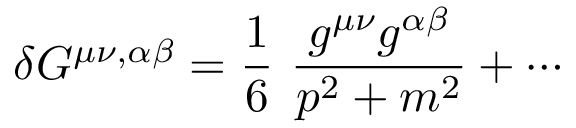
\delta G ^ { \mu \nu , \alpha \beta } = \frac { 1 } { 6 } ~ \frac { g ^ { \mu \nu } g ^ { \alpha \beta } } { p ^ { 2 } + m ^ { 2 } } + \cdots